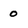
Character: 0